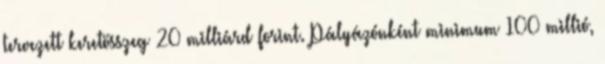
tervezett keretösszeg 20 milliárd forint. Pályázónként minimum 100 millió,